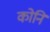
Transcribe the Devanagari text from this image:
कोनि